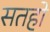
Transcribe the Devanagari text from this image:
सतहो